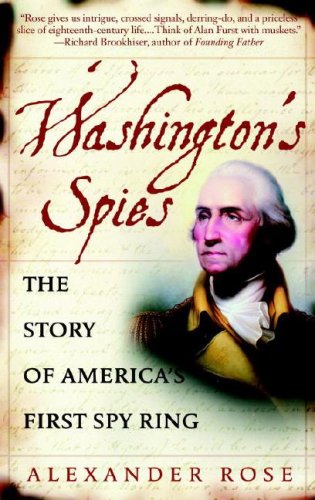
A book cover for Washington's Spies: The Story of America's First Spy Ring; Alexander Rose; Biographies & Memoirs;